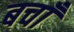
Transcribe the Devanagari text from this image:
बचाँ